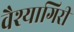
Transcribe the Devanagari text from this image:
वैश्यागिरी